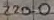
Text: 220.0